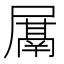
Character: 𭕰